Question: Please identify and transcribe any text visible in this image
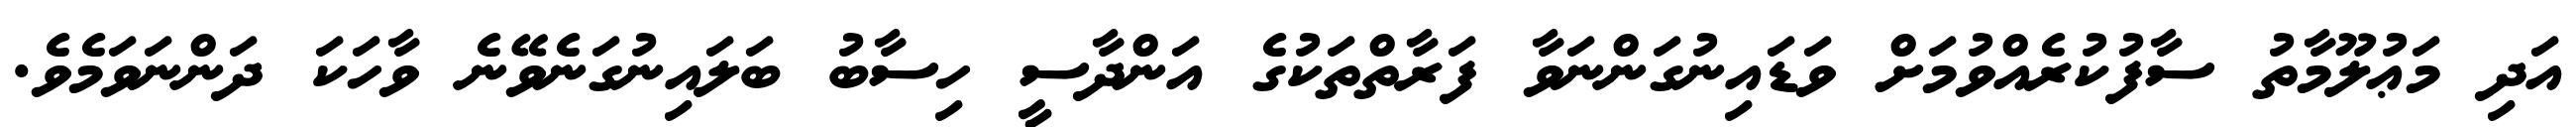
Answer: އަދި މަޢުލޫމާތު ސާފުކުރެއްވުމަށް ވަޑައިނުގަންނަވާ ފަރާތްތަކުގެ އަންދާސީ ހިސާބު ބަލައިނުގަނެވޭނެ ވާހަކަ ދަންނަވަމެވެ.